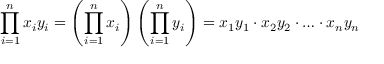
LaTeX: \prod _ { i = 1 } ^ { n } { x _ { i } y _ { i } } = \left( \prod _ { i = 1 } ^ { n } x _ { i } \right) \left( \prod _ { i = 1 } ^ { n } y _ { i } \right) = x _ { 1 } y _ { 1 } \cdot x _ { 2 } y _ { 2 } \cdot \ldots \cdot x _ { n } y _ { n }